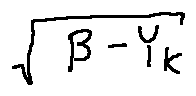
\sqrt { \beta - Y _ { k } }